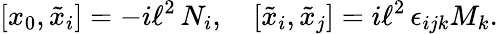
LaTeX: [x_{0},\tilde{x}_{i}]=-i\ell^{2}\, N_{i},\quad[\tilde{x}_{i},\tilde{x}_{j}]=i\ell^{2}\, \epsilon_{ijk}M_{k}.